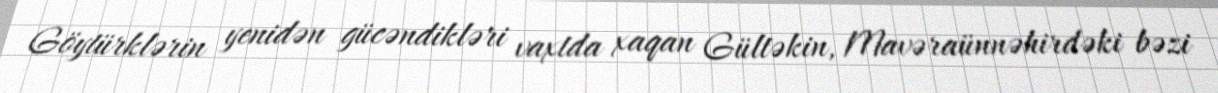
Göytürklərin yenidən gücəndikləri vaxtda xaqan Gültəkin, Mavəraünnəhirdəki bəzi